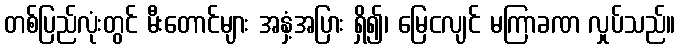
တစ်ပြည်လုံးတွင် မီးတောင်များ အနှံ့အပြား ရှိ၍၊ မြေငလျင် မကြာခဏ လှုပ်သည်။